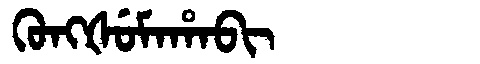
Manchu: ᡴᡠᠩᡧᡠᠮᠠᡥᠠᠪᡳ
Romanization: KUNGŠUMAHABI